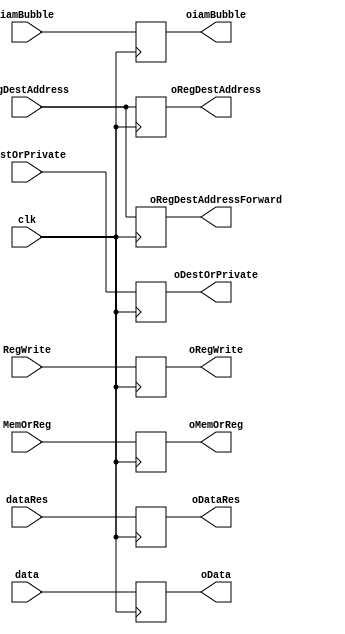
module MemWbBuffer (
	input RegWrite, MemOrReg, DestOrPrivate, iamBubble, clk,
	input [3:0] regDestAddress,
	input [15:0] dataRes, data,
	output reg oRegWrite, oMemOrReg, oDestOrPrivate, oiamBubble,
	output reg [3:0] oRegDestAddress, oRegDestAddressForward,
	output reg [15:0] oDataRes, oData
);

  initial begin
    oRegWrite = 0;
    oMemOrReg = 0;
    oDestOrPrivate = 0;
    oRegDestAddress = 0;
    oDataRes = 0;
    oData = 0;
    oRegDestAddressForward = 0;
    oiamBubble = 0;
  end


  always @(negedge clk) begin
    oRegWrite = RegWrite;
    oMemOrReg = MemOrReg;
    oDestOrPrivate = DestOrPrivate;
    oRegDestAddress = regDestAddress;
    oDataRes = dataRes;
    oData = data;
  end

  always @(posedge clk) begin
    oRegDestAddressForward = regDestAddress;
    oiamBubble = iamBubble;
  end

endmodule